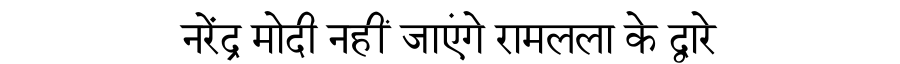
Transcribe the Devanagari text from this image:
नरेंद्र मोदी नहीं जाएंगे रामलला के द्वारे